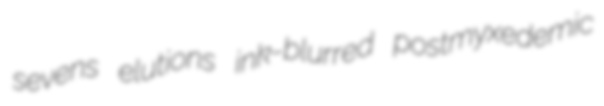
sevens elutions ink-blurred postmyxedemic